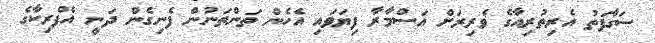
ސަގާފަތު އެރިތުރިއާގެ ވެރިރަށް އަސްމާރާ ފިޔަވައި އެހެން ތަންތަނުން ފެނިގެން ދަނީ އެފްރިކާގެ